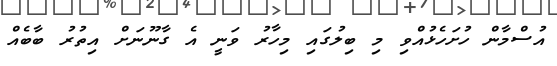
އުސްމާން ހުށަހެޅުއްވި މި ބިލުގައި މިހާރު ވަނީ އެ ގާނޫނަށް އިތުރު ބާބެއް